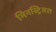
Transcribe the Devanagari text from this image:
मिनस्ट्रिअल